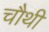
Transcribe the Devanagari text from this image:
चौथीं